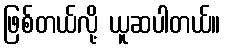
ဖြစ်တယ်လို့ ယူဆပါတယ်။